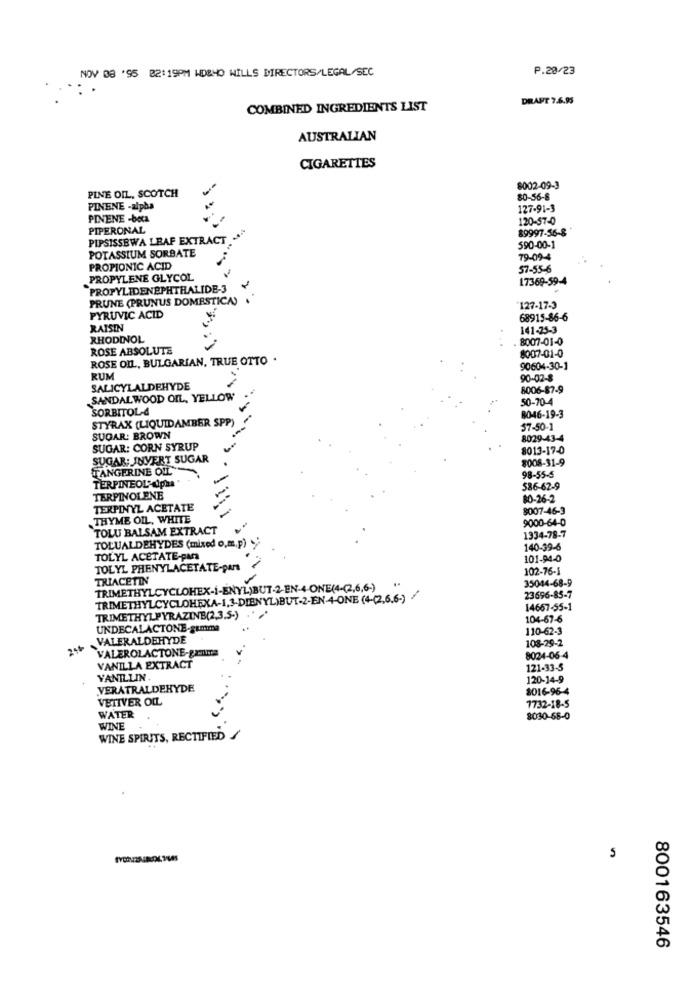
NOV 08 '95 02:19PM WDBHO WILLS DIRECTORS/LEGAL/SEC
P.28/23
DRAFT 7.6.95
COMBINED INGREDIENTS LIST
AUSTRALIAN
CIGARETTES
PINE OIL, SCOTCH
-
8002-09-3
80-56-8
PINENE -alpha
127-91-3
PINENE -boca
120-57-0
PIPERONAL
89997-56-8
PIPSISSEWA LEAF EXTRACT
590-00-1
POTASSIUM SORBATE
79-09-4
PROPIONIC ACID
57-55-6
PROPYLENE GLYCOL
17369-59-4
PROPYLIDENEPHTHALIDE-3
PRUNE (PRUNUS DOMESTICA)
127-17-3
PYRUVIC ACID
68915-86-6
RAISIN
141-25-3
RHODINOL
8007-01-0
ROSE ABSOLUTE
8007-01-0
ROSE OIL, BULGARIAN, TRUE OTTO
90604-30-1
RUM
90-02-8
SALICYLALDEHYDE
8006-87-9
SANDAL WOOD OIL, YELLOW
50-70-4
SORBITOL-4
STYRAX (LIQUIDAMBER SPP)
8046-19-3
57-50-1
SUGAR: BROWN
-
8029-43-4
SUGAR: CORN SYRUP
8013-17-0
SUGAR: INVERT SUGAR
8008-31-9
TANGERINE OLL
TERPINEOL' dpha
98-55-5
586-62-9
TERPINOLENE
80-26-2
TERPINYL ACETATE
8007-46-3
THYME OIL, WHITE
9000-64-0
`TOLU BALSAM EXTRACT
1334-78-7
TOLUALDEHYDES (mixed o.c.p)
140-39-6
TOLYL ACETATE-para
101-94-0
TOLYL PHENYLACETATE-pars
102-76-1
TRIACETIN
35044-68-9
TRIMETHYLCYCLOHEX-I-ENYL)BUT-2-EN-4-ONE(4-(2,6,6-) "
TRIMETHYLCYCLOHEXA-1,3-DIENYL)BUT-2-EN-4-ONE (4-(2,6.6-)
23696-85-7
14667-55-1
TRIMETHYLPYRAZINB(2,3,5-)
104-67-6
UNDECALACTONE-gamma
110-62-3
VALERALDEHYDE
108-29-2
2++
VALEROLACTONE-ganma
8024-06-4
VANILLA EXTRACT
121-33-5
VANILLIN.
120-14-9
VERATRALDEHYDE
8016-96-4
VETIVER OLL
WATER
7732-18-5
8030-68-0
WINE
WINE SPIRITS, RECTIFIED
5
800163546